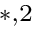
^ { * , 2 }